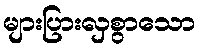
များပြားလှစွာသော